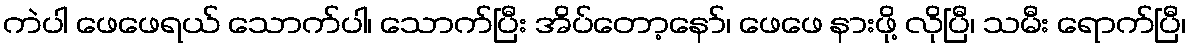
ကဲပါ ဖေဖေရယ် သောက်ပါ၊ သောက်ပြီး အိပ်တော့နော်၊ ဖေဖေ နားဖို့ လိုပြီ၊ သမီး ရောက်ပြီ၊